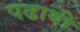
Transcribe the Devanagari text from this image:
पढायी